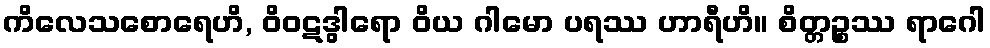
ကိလေသစောရေဟိ, ဝိဝဋဒွါရော ဝိယ ဂါမော ပရဿ ဟာရီဟိ။ စိတ္တဉ္စဿ ရာဂေါ